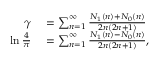
\begin{array} { r l } { \gamma } & { { } = \sum _ { n = 1 } ^ { \infty } { \frac { N _ { 1 } ( n ) + N _ { 0 } ( n ) } { 2 n ( 2 n + 1 ) } } } \\ { \ln { \frac { 4 } { \pi } } } & { { } = \sum _ { n = 1 } ^ { \infty } { \frac { N _ { 1 } ( n ) - N _ { 0 } ( n ) } { 2 n ( 2 n + 1 ) } } , } \end{array}